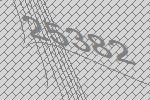
25382